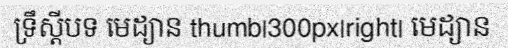
ទ្រឹស្តីបទ មេដ្យាន thumb|300px|right| មេដ្យាន